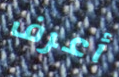
أعرف